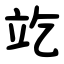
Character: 䇄